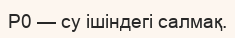
Р0 — су ішіндегі салмақ.